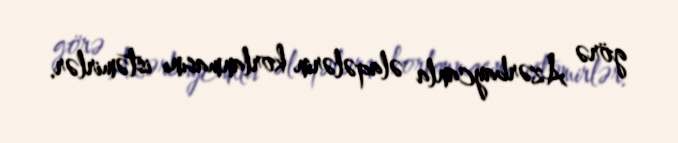
görə Azərbaycanla əlaqələrin korlanmasını istəmirlər.